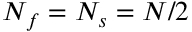
N _ { f } = N _ { s } = N / 2